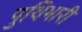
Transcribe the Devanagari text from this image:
पुथिभारी